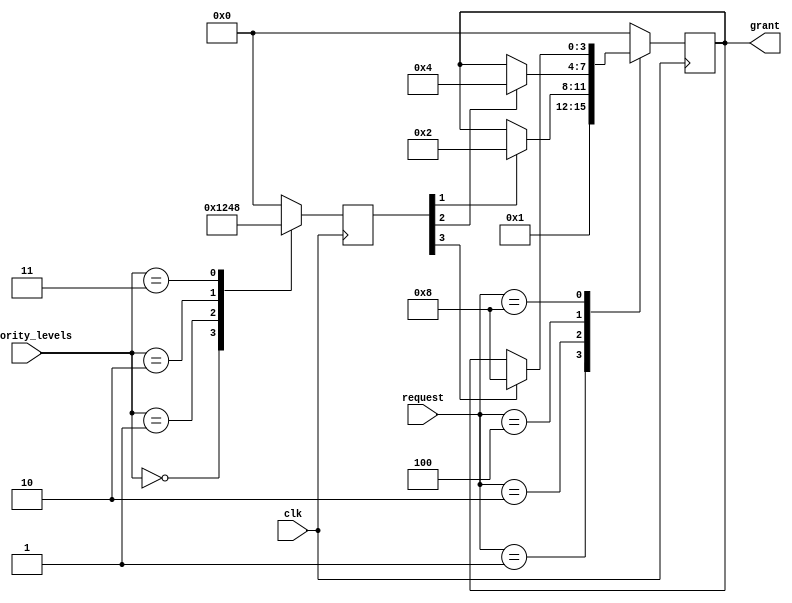
module weighted_arbiter (
    input wire clk,
    input wire [3:0] priority_levels,
    input wire [3:0] request,
    output reg [3:0] grant
);

reg [3:0] weights;

always @ (posedge clk) begin
    case (priority_levels)
        4'b0000: weights <= 4'b0001;
        4'b0001: weights <= 4'b0010;
        4'b0010: weights <= 4'b0100;
        4'b0011: weights <= 4'b1000;
        default: weights <= 4'b0000;
    endcase

    case (request)
        4'b0001: grant <= 4'b0001;
        4'b0010: grant <= (weights[1] == 1) ? 4'b0010 : grant;
        4'b0100: grant <= (weights[2] == 1) ? 4'b0100 : grant;
        4'b1000: grant <= (weights[3] == 1) ? 4'b1000 : grant;
        default: grant <= 4'b0000;
    endcase
end
endmodule